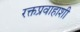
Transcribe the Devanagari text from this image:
रक्तप्रवाहाशी